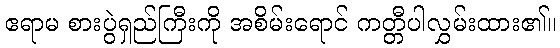
ဧရာမ စားပွဲရှည်ကြီးကို အစိမ်းရောင် ကတ္တီပါလွှမ်းထား၏။